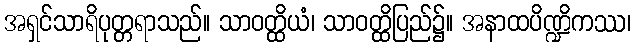
အရှင်သာရိပုတ္တရာသည်။ သာဝတ္ထိယံ၊ သာဝတ္ထိပြည်၌။ အနာထပိဏ္ဍိကဿ၊